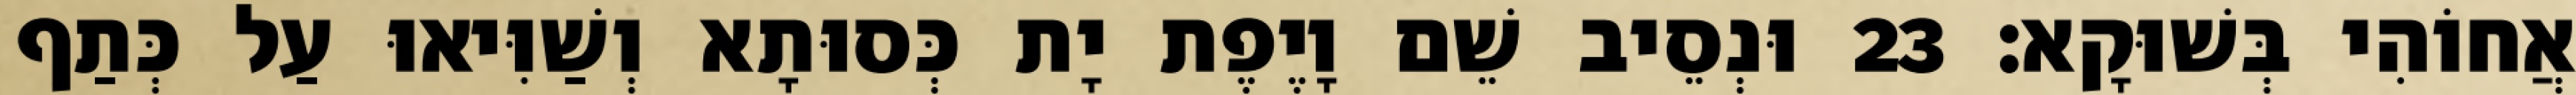
אֲחוֹהִי בְּשׁוּקָא׃ 23 וּנְסֵיב שֵׁם וָיֶפֶת יָת כְּסוּתָא וְשַׁוִּיאוּ עַל כְּתַף